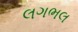
લગભલ